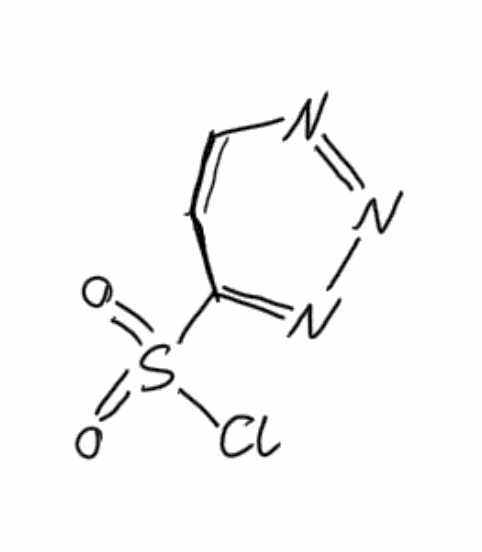
Simplified molecular-input line-entry system (SMILES) notation of the given molecule:
C1=CN=NN=C1S(=O)(=O)Cl